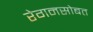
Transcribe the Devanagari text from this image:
रेगनसोबत